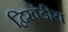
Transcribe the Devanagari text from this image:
द्विखंडीय